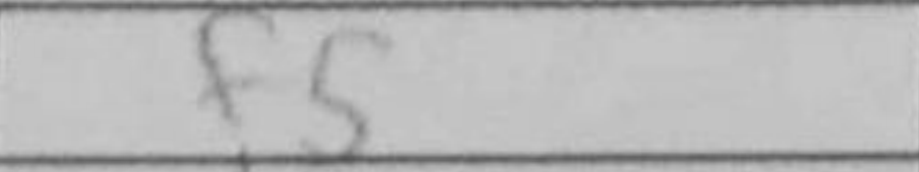
Transcription: f5